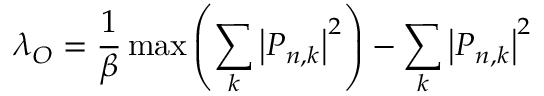
\lambda _ { O } = \frac { 1 } { \beta } \operatorname* { m a x } \left( \sum _ { k } \left| P _ { n , k } \right| ^ { 2 } \right) - \sum _ { k } \left| P _ { n , k } \right| ^ { 2 }